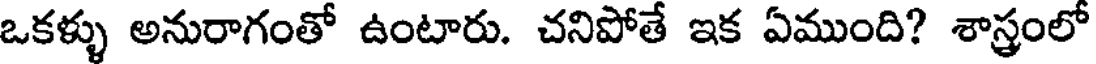
ఒకళ్ళు అనురాగంతో ఉంటారు. చనిపోతే ఇక ఏముంది? శాస్త్రంలో